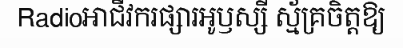
Radioអាជីវករផ្សារអូឫស្សី ស្ម័គ្រចិត្តឱ្យ